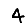
Digit: 4